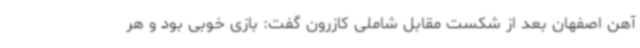
آهن اصفهان بعد از شکست مقابل شاملی کازرون گفت: بازی خوبی بود و هر